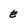
Character: E